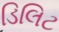
ડિલિટ